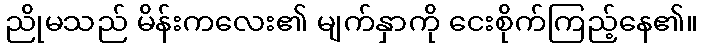
ညိုမသည် မိန်းကလေး၏ မျက်နှာကို ငေးစိုက်ကြည့်နေ၏။